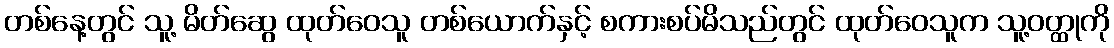
တစ်နေ့တွင် သူ့ မိတ်ဆွေ ထုတ်ဝေသူ တစ်ယောက်နှင့် စကားစပ်မိသည်တွင် ထုတ်ဝေသူက သူ့ဝတ္ထုကို